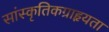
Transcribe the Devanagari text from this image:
सांस्कृतिकग्राहृयता